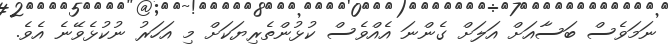
ނަމަވެސް ބަސާއަށް އަލަށް ގެންނަ އެއްވެސް ކުޅުންތެރިޔަކަށް މި އަހަރު ނުކުޅެވޭނެ އެވެ.